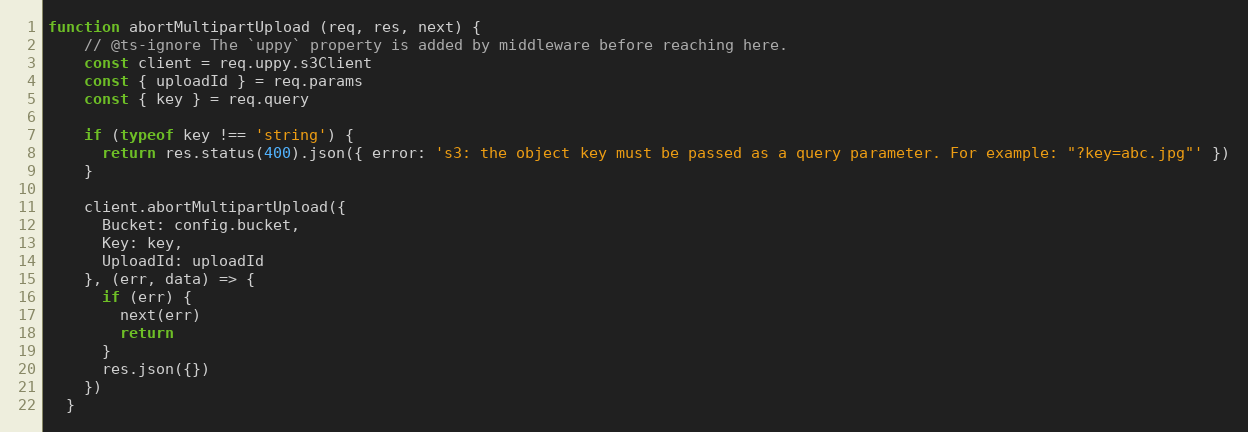
Language: JavaScript
function abortMultipartUpload (req, res, next) {
    // @ts-ignore The `uppy` property is added by middleware before reaching here.
    const client = req.uppy.s3Client
    const { uploadId } = req.params
    const { key } = req.query

    if (typeof key !== 'string') {
      return res.status(400).json({ error: 's3: the object key must be passed as a query parameter. For example: "?key=abc.jpg"' })
    }

    client.abortMultipartUpload({
      Bucket: config.bucket,
      Key: key,
      UploadId: uploadId
    }, (err, data) => {
      if (err) {
        next(err)
        return
      }
      res.json({})
    })
  }